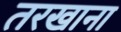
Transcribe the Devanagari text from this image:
तरखाना